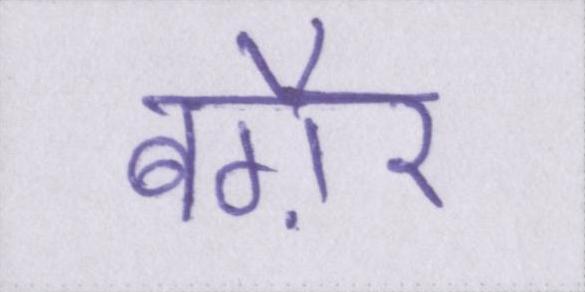
बग़ैर